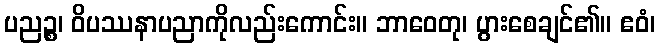
ပညဉ္စ၊ ဝိပဿနာပညာကိုလည်းကောင်း။ ဘာဝေတု၊ ပွားစေချင်၏။ ဧဝံ၊